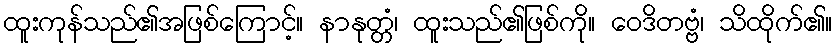
ထူးကုန်သည်၏အဖြစ်ကြောင့်။ နာနုတ္တံ၊ ထူးသည်၏ဖြစ်ကို။ ဝေဒိတဗ္ဗံ၊ သိထိုက်၏။